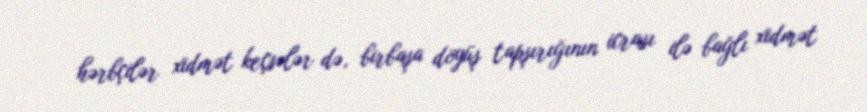
hərbçilər xidmət keçsələr də, birbaşa döyüş tapşırığının icrası ilə bağlı xidmət